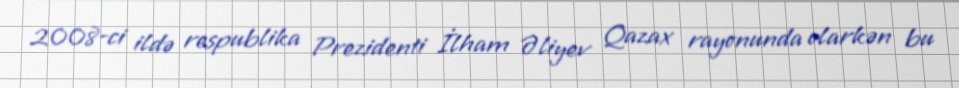
2008-ci ildə respublika Prezidenti İlham Əliyev Qazax rayonunda olarkən bu